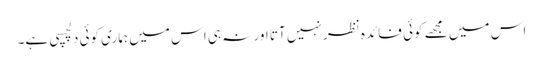
اس میں مجھے کوئی فائدہ نظر نہیں آتا اور نہ ہی اس میں ہماری کوئی دلچسپی ہے۔